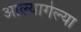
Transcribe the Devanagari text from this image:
आल्यागेल्या